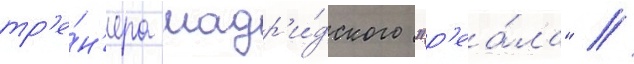
тр'е́н'ера мадр'и́дского "р'еа́ла" //